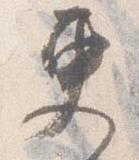
更